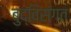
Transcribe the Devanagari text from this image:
बुद्विसंगत